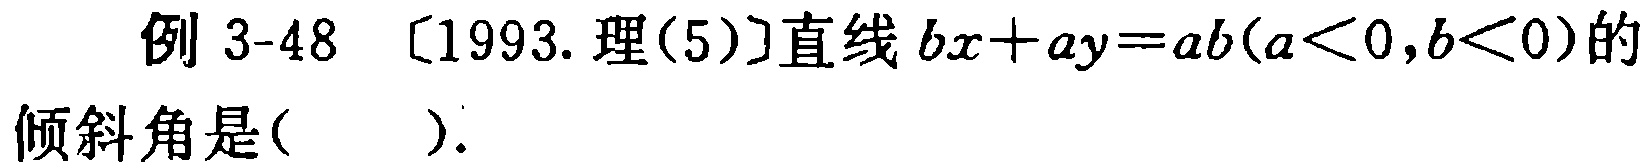
例 3-48 〔1993. 理(5)〕直线 \(bx + ay = ab(a < 0,b < 0)\)的倾斜角是( ).